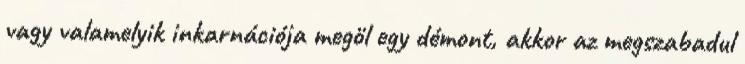
vagy valamelyik inkarnációja megöl egy démont, akkor az megszabadul